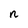
Character: n